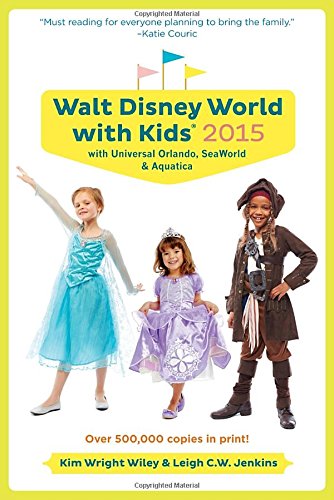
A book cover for Fodor's Walt Disney World with Kids 2015: with Universal Orlando, SeaWorld & Aquatica (Travel Guide); Kim Wright Wiley; Travel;